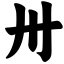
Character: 卅